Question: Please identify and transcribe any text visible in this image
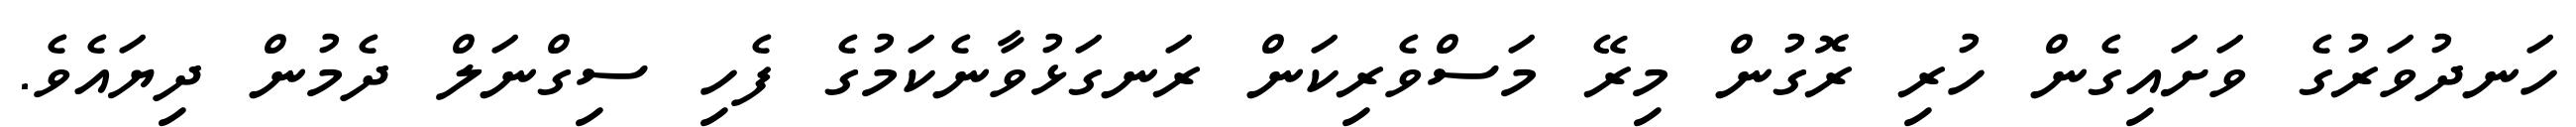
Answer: ހަނދުވަރުގެ ވަށައިގެން ހުރި ރޮގުން މިރޭ މަސްވެރިކަން ރަނގަޅުވާނެކަމުގެ ފެހި ސިގްނަލް ދެމުން ދިޔައެވެ.